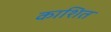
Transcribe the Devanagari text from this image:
काशित